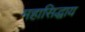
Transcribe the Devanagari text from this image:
महासिद्धाय